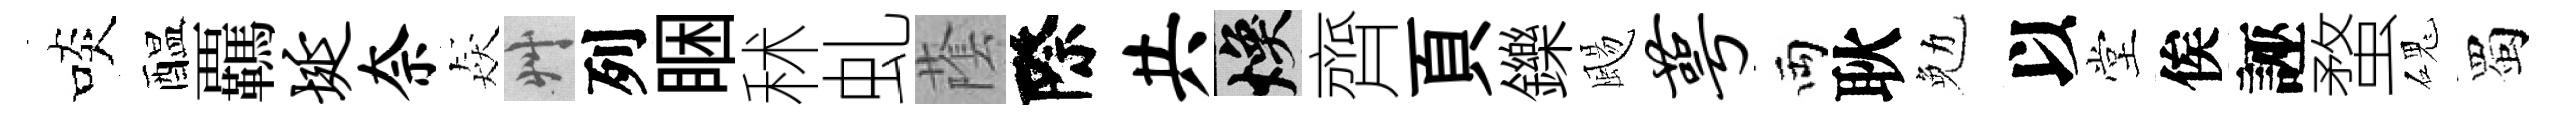
啖醖覊埏奈猋艸列睏秫虬䕃際共焕齊頁鑠颺萼両耿勉以堂俟誣蝥磈蜀